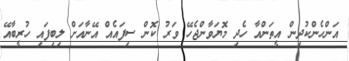
އަންހެންކުދިން އީތަންއާ ހެދި މޮޔަވާންޖެހޭ ވަރު ކޮން ސިފައެއް އޭނާއަށް ލިބިފައި ހުރީބާއޭ